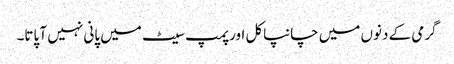
گرمی کے دنوں میں چانپاکل اور پمپ سیٹ میں پانی نہیں آ پاتا۔